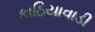
કાઠિયાવાડી